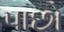
પાછો